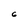
Character: 6